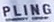
PLING